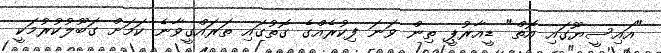
"އައިސީޔޫގައި އޮތް" ޑީއާރުޕީ ތިން ވަނަ ފިކުރެއްގެ ގޮތުގައި ތަރައްގީވާނެ ކަމަށް ގަބޫލުކުރުމަކީ